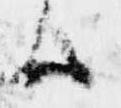
候